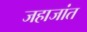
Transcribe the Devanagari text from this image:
जहाजांत